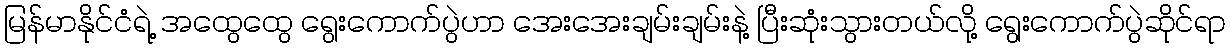
မြန်မာနိုင်ငံရဲ့ အထွေထွေ ရွေးကောက်ပွဲဟာ အေးအေးချမ်းချမ်းနဲ့ ပြီးဆုံးသွားတယ်လို့ ရွေးကောက်ပွဲဆိုင်ရာ